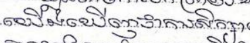
យើងឃើញថាការសិក្សា